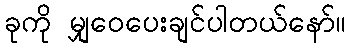
ခုကို မျှဝေပေးချင်ပါတယ်နော်။